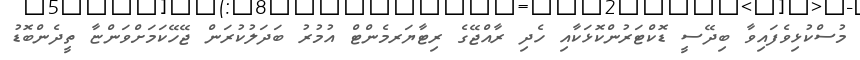
މުސްކުޅިވެެފައިވާ ބިދޭސީ ޑޮކްޓަރުންކޮޅަކާއި ހެދި ރާއްޖޭގެ ރިޓާޔަރމެންޓް އުމުރު ބަދަލުކުރަން ޖޭހޭކަމަށްވަންޏާ ތީދެންބޮޑު